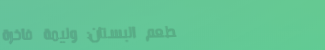
مطعم البستان: وليمة فاخرة